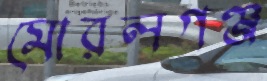
মোরলগঞ্জ